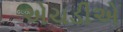
એચડીએ